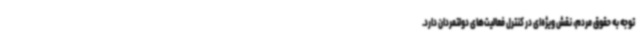
توجه به حقوق مردم، نقش ویژه‌ای در کنترل فعالیت‌های دولتمردان دارد.